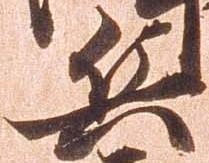
兵